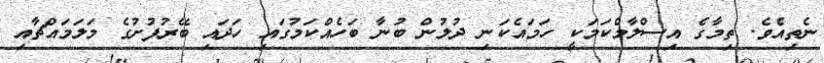
ނެތިއެވެ. ތިމާގެ އިސްލާމްކަމަކީ ހަމައެކަނި ދުލުން ބުނާ ބަހެއްކަމުގައި ހަދައި ބޭރުފުށުގެ މަލަމައްޗާއި